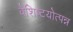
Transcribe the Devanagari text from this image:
वैशिष्टयोत्पन्न